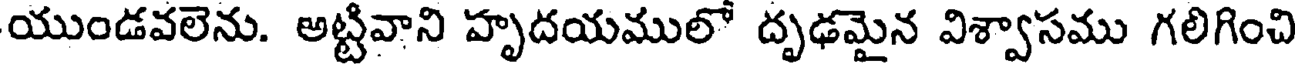
యుండవలెను. అట్టివాని హృదయములో దృఢమైన విశ్వాసము గలిగించి